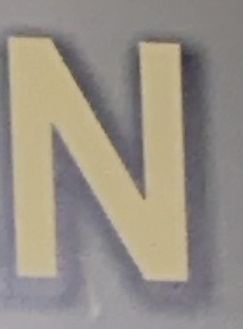
N